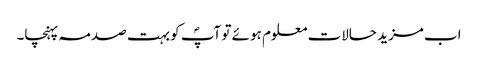
اب مزید حالات معلوم ہوئے تو آپؐ کو بہت صدمہ پہنچا۔